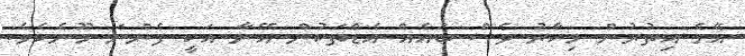
އޭގެ އިތުރުން މިހާރު ވެސް ބައެއް އެޑްތަކުން އޭނާ އަކީ ފެންނަ މޫނެކެވެ.